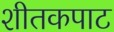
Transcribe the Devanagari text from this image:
शीतकपाट